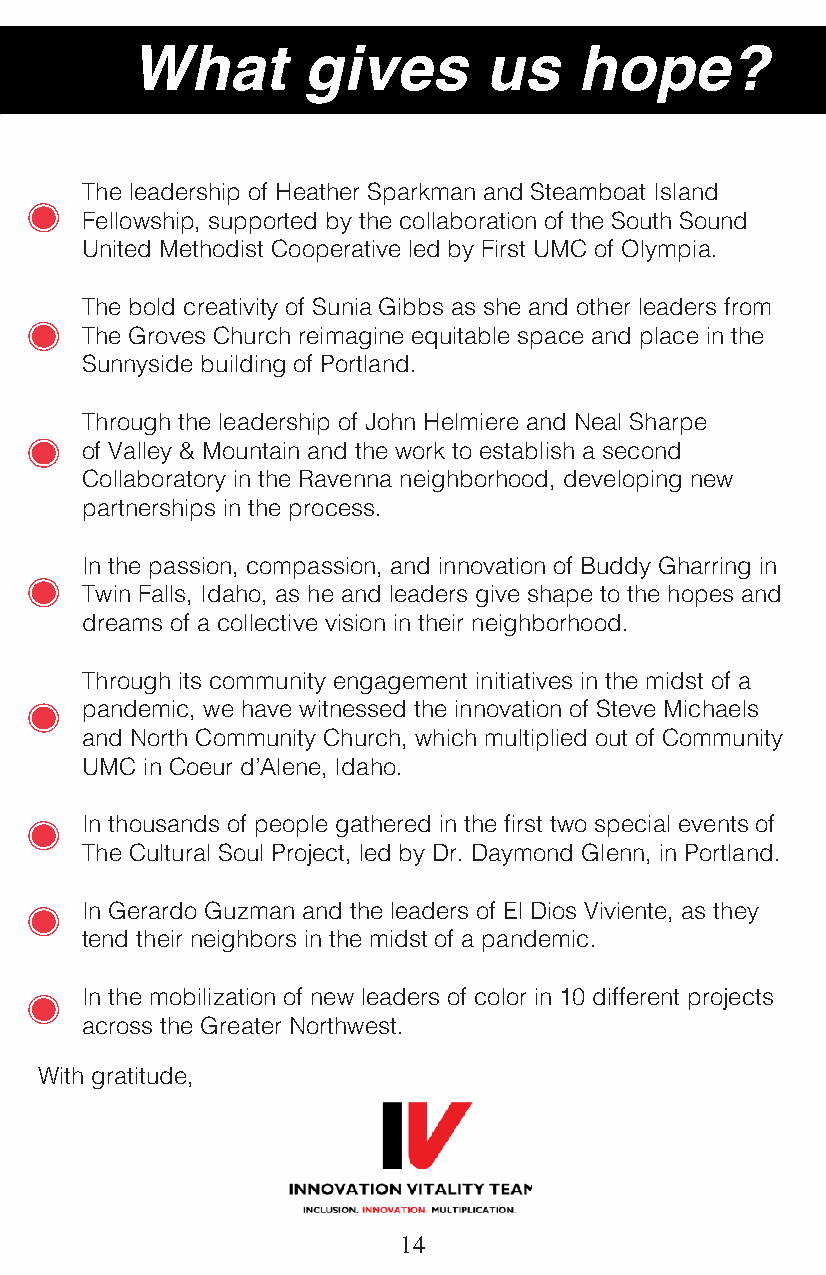
What       gives       us    hope?
 The leadership of Heather Sparkman and Steamboat Island
 Fellowship, supported by the collaboration of the South Sound
 United Methodist Cooperative led by First UMC of Olympia.
 The bold creativity of Sunia Gibbs as she and other leaders from
 The Groves Church reimagine equitable space and place in the
 Sunnyside building of Portland.
 Through the leadership of John Helmiere and Neal Sharpe
 of Valley & Mountain and the work to establish a second
 Collaboratory in the Ravenna neighborhood, developing new
 partnerships in the process.
 In the passion, compassion, and innovation of Buddy Gharring in
 Twin Falls, Idaho, as he and leaders give shape to the hopes and
 dreams of a collective vision in their neighborhood.
 Through its community engagement initiatives in the midst of a
 pandemic, we have witnessed the innovation of Steve Michaels
 and North Community Church, which multiplied out of Community
 UMC in Coeur d’Alene, Idaho.
 In thousands of people gathered in the first two special events of
 The Cultural Soul Project, led by Dr. Daymond Glenn, in Portland.
 In Gerardo Guzman and the leaders of El Dios Viviente, as they
 tend their neighbors in the midst of a pandemic.
 In the mobilization of new leaders of color in 10 different projects
 across the Greater Northwest.
 With gratitude,
 14